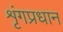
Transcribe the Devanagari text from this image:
शृंगप्रधान